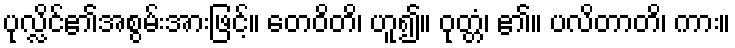
ပုလ္လိင်၏အစွမ်းအားဖြင့်။ တေဝိတိ၊ ဟူ၍။ ဝုတ္တံ၊ ၏။ ပလိတာတိ၊ ကား။